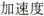
加速度